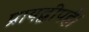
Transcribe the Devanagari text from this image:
प्रायद्वीपहै।